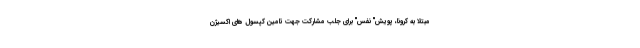
مبتلا به کرونا، پویش" نفس" برای جلب مشارکت جهت تامین کپسول های اکسیژن